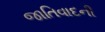
જાતિવાદની